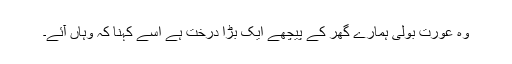
وہ عورت بولی ہمارے گھر کے پیچھے ایک بڑا درخت ہے اسے کہنا کہ وہاں آئے۔